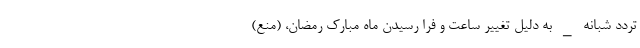
تردد شبانه _ به دلیل تغییر ساعت و فرا رسیدن ماه مبارک رمضان، (منع)